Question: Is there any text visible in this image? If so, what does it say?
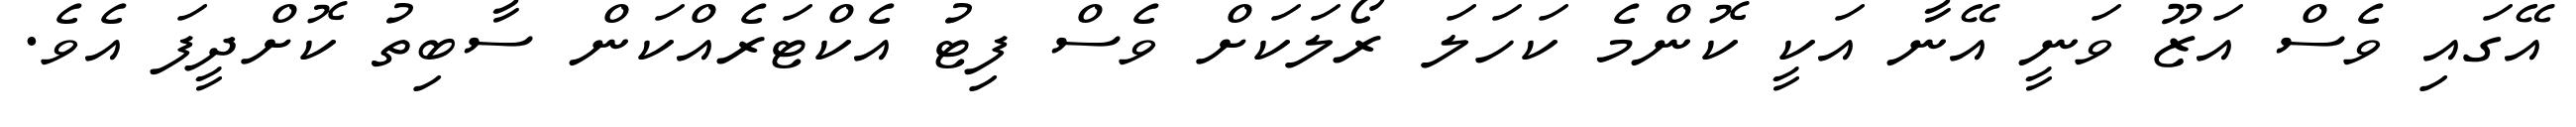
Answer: އޭގައި ވެސް އަޒޫ ވަނީ އޭނާ އަކީ ކޮންމެ ކަހަލަ ރޯލަކަށް ވެސް ފިޓު އެކްޓަރެއްކަން ސާބިތު ކޮށްދީފަ އެވެ.